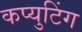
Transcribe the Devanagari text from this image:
कप्युटिंग